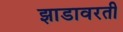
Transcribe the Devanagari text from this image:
झाडावरती